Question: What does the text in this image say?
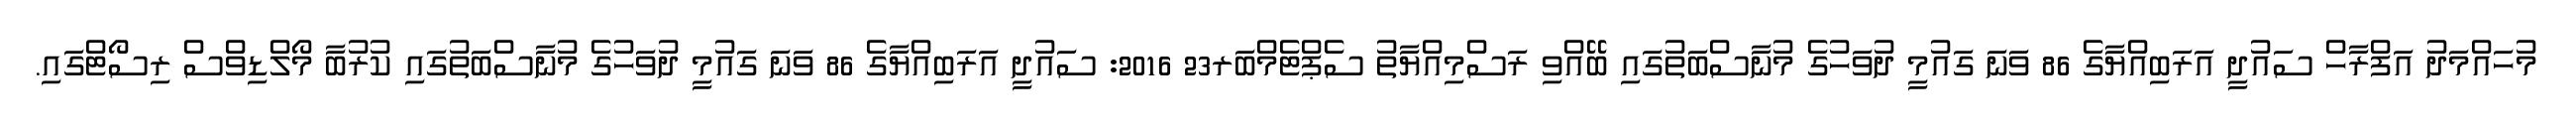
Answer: މުހައްމަދު އަފްރާހް ސައުދީ އަރަބިއްޔާގެ 86 ވަނަ ގައުމީ ދުވަހުގެ މުނާސްބަތުގައި ބޭއްވި ރަސްމިއްޔާތު ސެޕްޓެމްބަރ23 2016: ސައުދީ އަރަބިއްޔާގެ 86 ވަނަ ގައުމީ ދުވަހުގެ މުނާސްބަތުގައި ކުރުބާ މޯލްޑިވްސް ރިސޯޓްގައި.